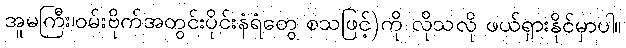
အူမကြီး၊ဝမ်းဗိုက်အတွင်းပိုင်းနံရံတွေ စသဖြင့်)ကို လိုသလို ဖယ်ရှားနိုင်မှာပါ။